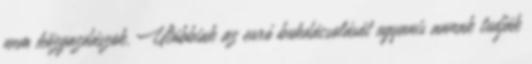
nem közgazdászok. Utóbbiak az euró bukdácsolását ugyanis annak tudják